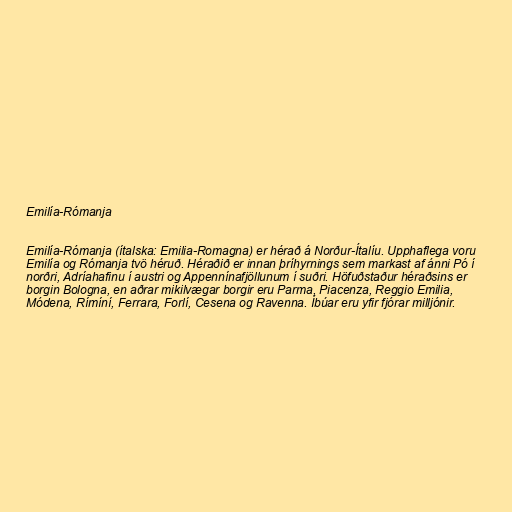
Emilía-Rómanja

Emilía-Rómanja (ítalska: Emilia-Romagna) er hérað á Norður-Ítalíu. Upphaflega voru
Emilía og Rómanja tvö héruð. Héraðið er innan þríhyrnings sem markast af ánni Pó í
norðri, Adríahafinu í austri og Appennínafjöllunum í suðri. Höfuðstaður héraðsins er
borgin Bologna, en aðrar mikilvægar borgir eru Parma, Piacenza, Reggio Emilia,
Módena, Rímíní, Ferrara, Forlí, Cesena og Ravenna. Íbúar eru yfir fjórar milljónir.